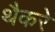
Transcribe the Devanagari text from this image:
थैैकरे